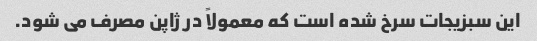
این سبزیجات سرخ شده است که معمولاً در ژاپن مصرف می شود.